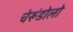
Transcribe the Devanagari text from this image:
चेरूंडोलो